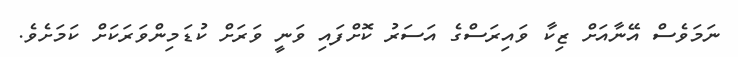
ނަމަވެސް އޭނާއަށް ޒިކާ ވައިރަސްގެ އަސަރު ކޮށްފައި ވަނީ ވަރަށް ކުޑަމިންވަރަކަށް ކަމަށެވެ.